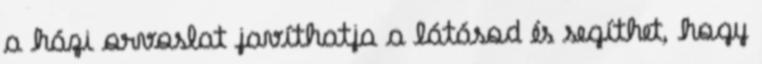
a házi orvoslat javíthatja a látásod és segíthet, hogy